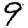
Digit: 9